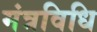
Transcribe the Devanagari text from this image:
मंत्रविधि